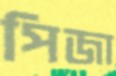
পিজা